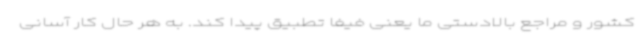
کشور و مراجع بالادستی ما یعنی فیفا تطبیق پیدا کند. به هر حال کار آسانی